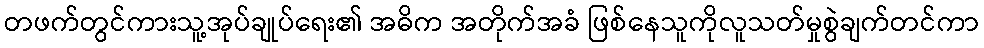
တဖက်တွင်ကားသူ့အုပ်ချုပ်ရေး၏ အဓိက အတိုက်အခံ ဖြစ်နေသူကိုလူသတ်မှုစွဲချက်တင်ကာ